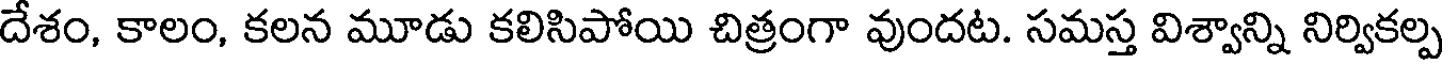
దేశం, కాలం, కలన మూడు కలిసిపోయి చిత్రంగా వుందట. సమస్త విశ్వాన్ని నిర్వికల్ప